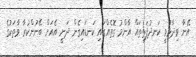
އޭނާ ވިދާޅުވީ ކަނދުފަތިތައް އާންމު ގޮތެއްގައި ކަނޑައިގެން ދަނީ އެއަށް ބޭނުންކުރާ ވާތަކުގެ